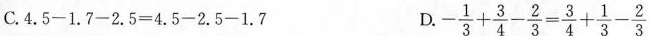
C.4.5-1.7-2.5=4.5-2.5-1.7 D - \frac{1}{3}+ \frac{3}{4}- \frac{2}{3}= \frac{3}{4}+ \frac{1}{3}- \frac{2}{3}